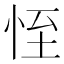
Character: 恎